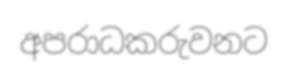
අපරාධකරුවනට